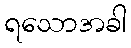
ရသောအခါ